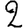
Digit: 2